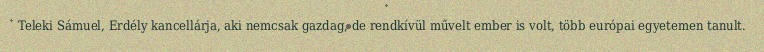
Teleki Sámuel, Erdély kancellárja, aki nemcsak gazdag, de rendkívül művelt ember is volt, több európai egyetemen tanult.